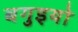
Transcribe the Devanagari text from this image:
बगुइयो